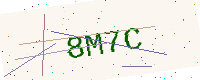
Text: 8M7C